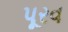
પૂરવ